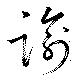
諭